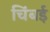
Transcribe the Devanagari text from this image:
चिंबई